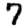
Digit: 7